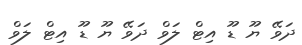
ދަވޭ ޔޫ ޑޫ އިޓް ލަވް ދަވޭ ޔޫ ޑޫ އިޓް ލަވް